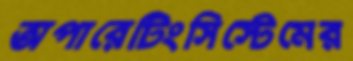
অপারেটিংসিস্টেমের